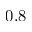
0 . 8